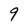
Character: 9